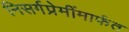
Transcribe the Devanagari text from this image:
निसर्गप्रेमींमार्फत